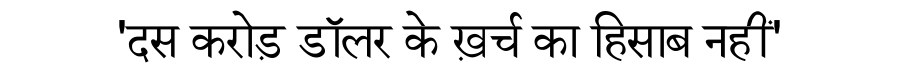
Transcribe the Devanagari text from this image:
'दस करोड़ डॉलर के ख़र्च का हिसाब नहीं'